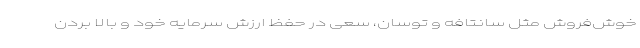
خوش‌فروش مثل سانتافه و توسان، سعی در حفظ ارزش سرمایه خود و بالا بردن